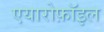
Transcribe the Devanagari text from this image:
एयारोफ़ॉइल